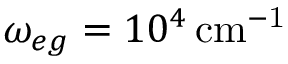
\omega _ { e g } = 1 0 ^ { 4 } \, \mathrm { c m ^ { - 1 } }